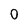
Character: 0